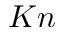
K n